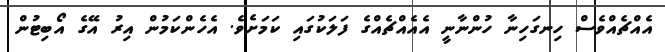
އެއްޗެއްވެސް ހިނގަހިނާ ހުންނާނީ އެއެއްޗެއްގެ ފަލަކުގައި ކަމަށެވެ. އެހެންކަމުން އިރު އޭގެ އޯބިޓުން